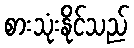
စားသုံးနိုင်သည်